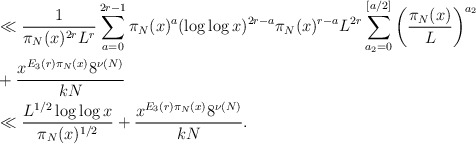
\begin{align*}&\ll \frac{1}{\pi_N(x)^{2r}L^r}\sum_{a = 0}^{2r - 1} \pi_N(x)^a (\log \log x)^{2r - a}\pi_N(x)^{r-a}L^{2r}\sum_{a_2 = 0}^{[a/2]}\left(\frac{\pi_N(x)}{L}\right)^{a_2}\\&+ \frac{x^{E_3(r) \pi_N(x)}8^{\nu(N)}}{k N}\\&\ll \frac{L^{1/2}\log \log x}{\pi_N(x)^{1/2}} + \frac{x^{E_3(r) \pi_N(x)}8^{\nu(N)}}{k N}.\end{align*}